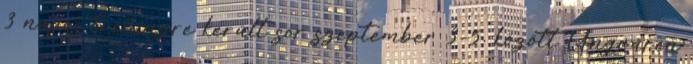
3 napos tréningre került sor szeptember 3–5. között Ungváron